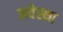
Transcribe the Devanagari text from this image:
अवेस्था